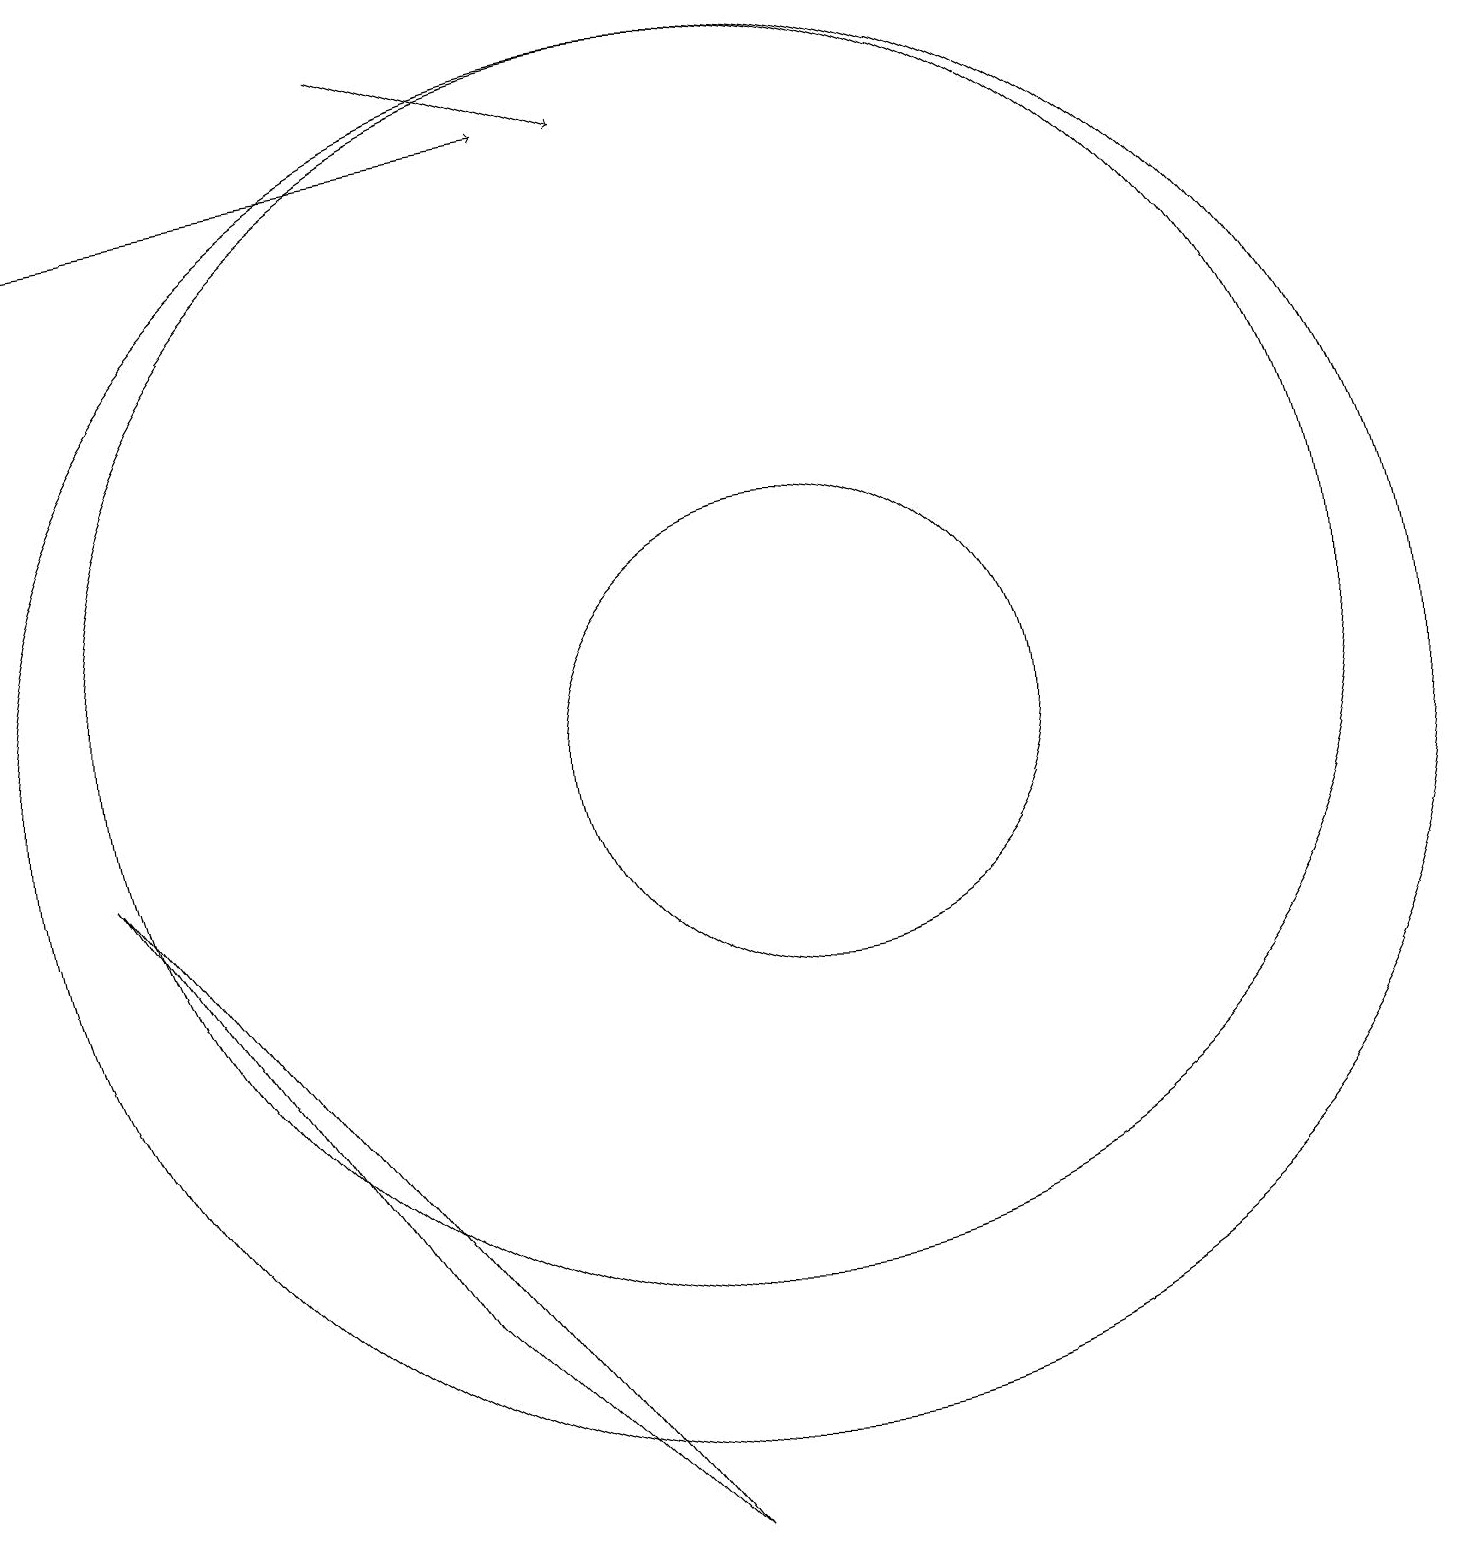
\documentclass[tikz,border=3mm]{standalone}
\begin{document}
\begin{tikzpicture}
\draw (10,11) circle (8);
\draw (6,3) -- (9,0) -- (2,9) -- cycle;
\draw[->] (6,19) -- (9,18);
\draw (11,10) circle (3);
\draw (10,10) circle (9);
\draw[->] (1,17) -- (8,18);
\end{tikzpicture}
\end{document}